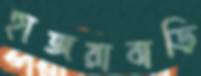
হাজরাবাড়ি